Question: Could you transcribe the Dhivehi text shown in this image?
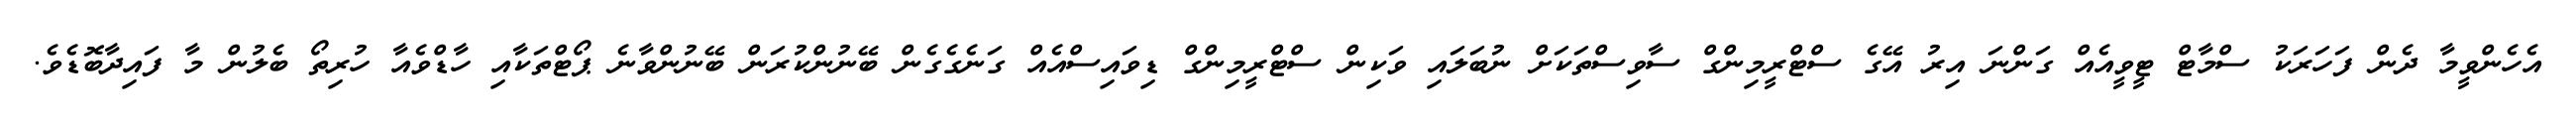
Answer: އެހެންވީމާ ދެން ފަހަރަކު ސްމާޓް ޓީވީއެއް ގަންނަ އިރު އޭގެ ސްޓްރީމިންގް ސާވިސްތަކަށް ނުބަލައި ވަކިން ސްޓްރީމިންގް ޑިވައިސްއެއް ގަނެގެގެން ބޭނުންކުރަން ބޭނުންވާނެ ޕޯޓްތަކާއި ހާޑްވެއާ ހުރިތޯ ބެލުން މާ ފައިދާބޮޑެވެ.